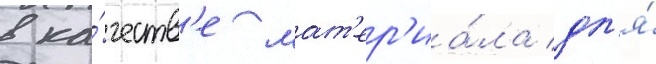
в ка́честв'е мат'ер'иа́ла дл'я́